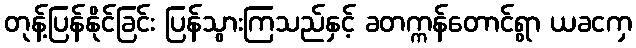
တုန့်ပြန်နိုင်ခြင်း ပြန်သွားကြသည်နှင့် ခတက္ကန်တောင်ရွာ ယခငကှ